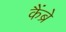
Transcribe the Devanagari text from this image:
कैंब्रे